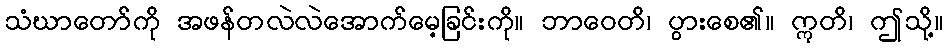
သံဃာတော်ကို အဖန်တလဲလဲအောက်မေ့ခြင်းကို။ ဘာဝေတိ၊ ပွားစေ၏။ ဣတိ၊ ဤသို့။